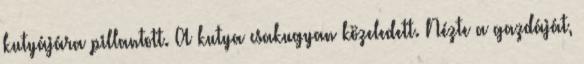
kutyájára pillantott. A kutya csakugyan közeledett. Nézte a gazdáját,